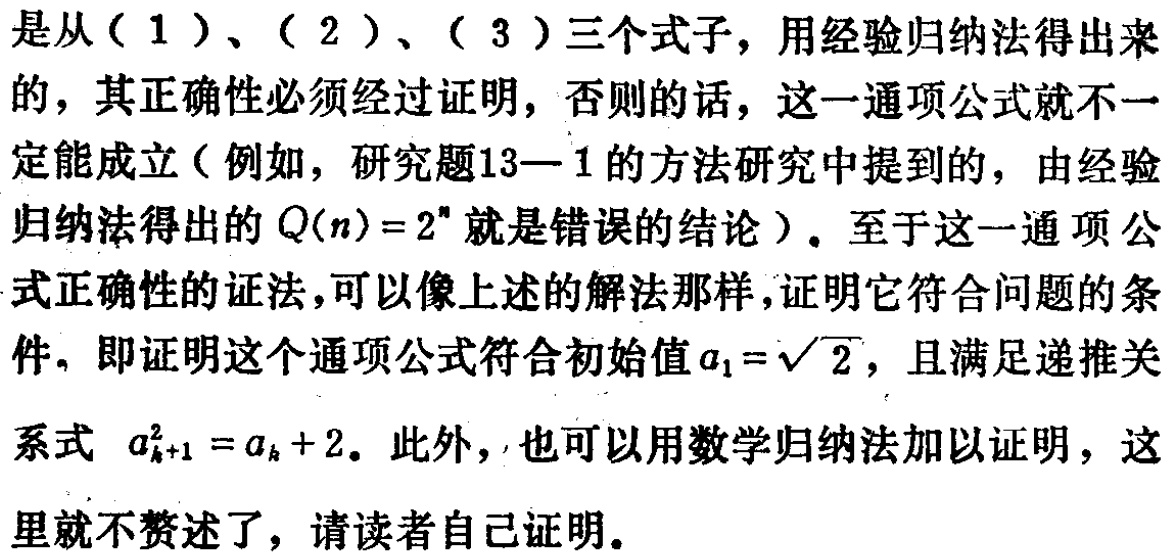
是从（1）、（2）、（3）三个式子，用经验归纳法得出来的，其正确性必须经过证明，否则的话，这一通项公式就不一定能成立（例如，研究题13—1的方法研究中提到的，由经验归纳法得出的 \(Q(n)=2^n\) 就是错误的结论）。至于这一通项公式正确性的证法，可以像上述的解法那样，证明它符合问题的条件。即证明这个通项公式符合初始值 \(a_1 = \sqrt{2}\)，且满足递推关系式 \(a_{k + 1}^2=a_k + 2\)。此外，也可以用数学归纳法加以证明，这里就不赘述了，请读者自己证明。